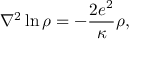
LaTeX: { \nabla } ^ { 2 } \ln \rho = - \frac { 2 e ^ { 2 } } { \kappa } \rho ,